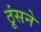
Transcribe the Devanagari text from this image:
ठूंसने